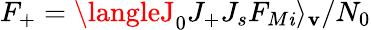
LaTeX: F_{+}=\langleJ_{0}J_{+}J_{s}F_{M\mathit{i}}\rangle_{\mathbf{v}}/N_{0}